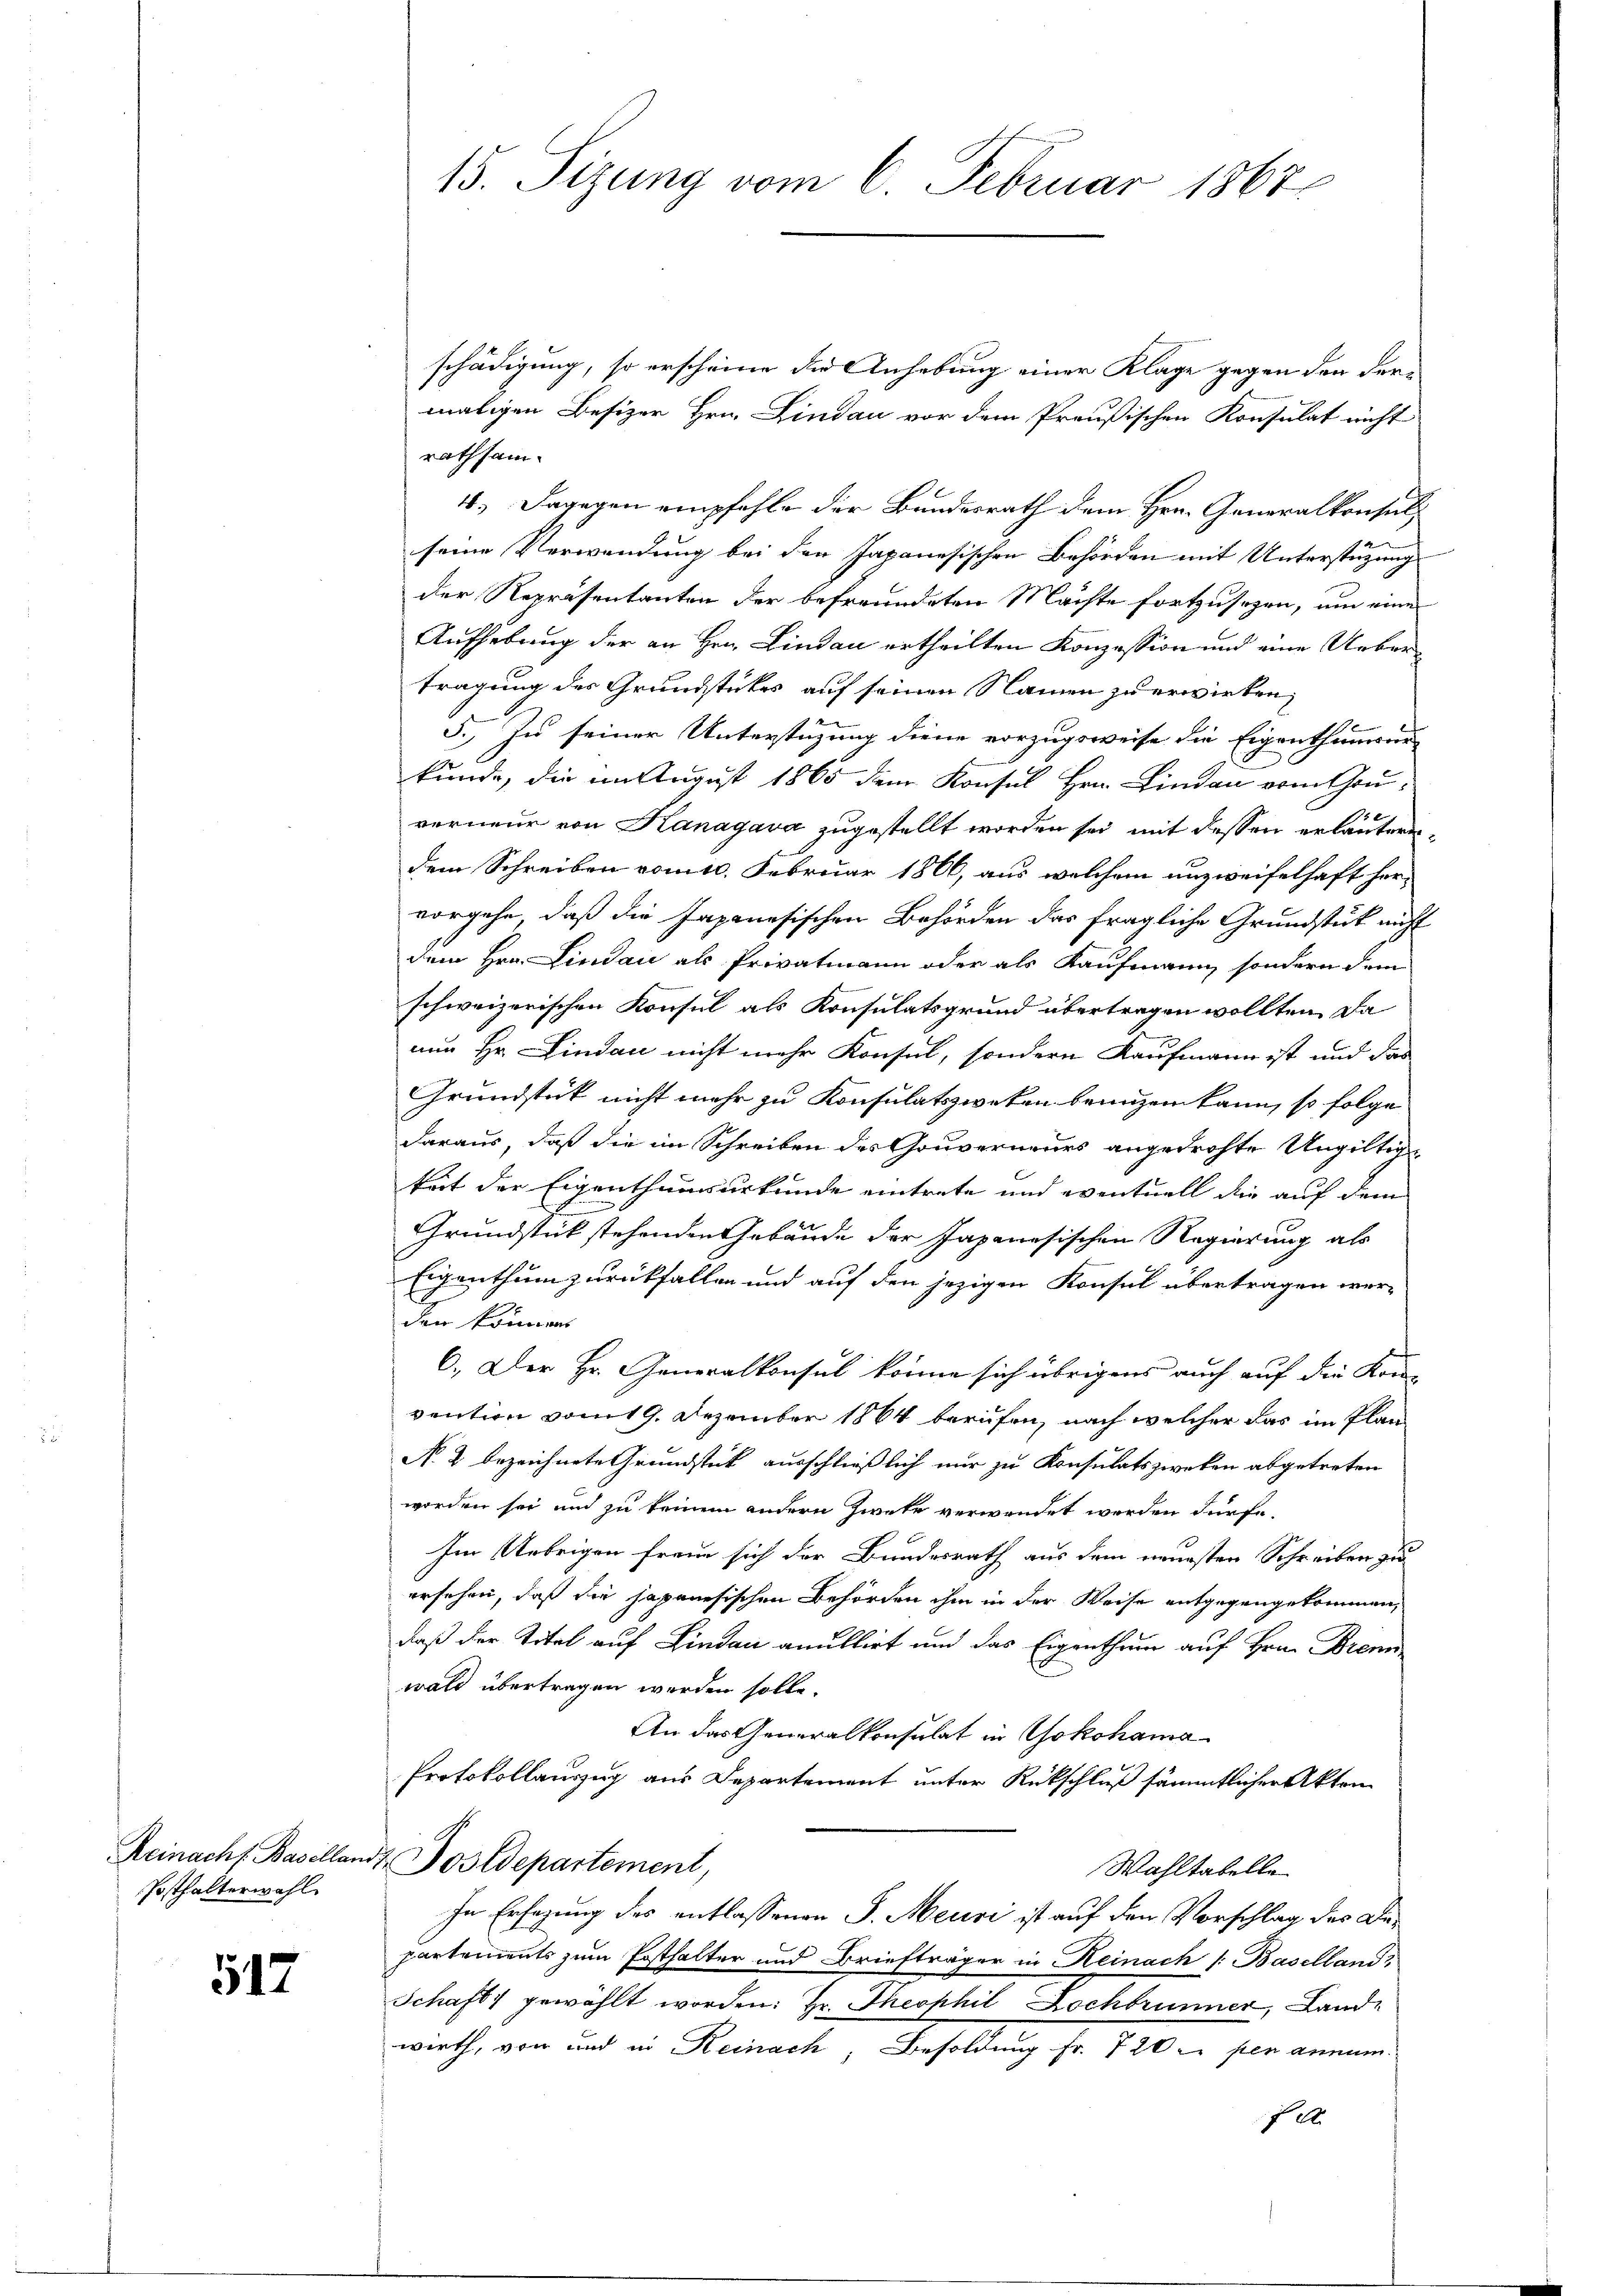
Reinach Basellan
Posthalterwahl

547

15. Sizung vom 6. Februar 1867

schädigung, so erscheine die Anhebung einer Klage gegen den der-
maligen Besizer Hrn. Lindau vor dem Preußischen Konsulat nicht
rathsam.
4.) Dagegen empfehle der Bundesrath dem Hrn. Generalkonsuls
seine Verwendung bei den Japanesischen Behörden mit Unterstützung
der Repräsentanten der befreundeten Machte fortzusehen, um einer
Aufhebung der an Hrn. Lindau ertheilten Konzession und eine Uebertragung des Grundstückes auf seinen Namen zu erwirken,
5.) Zu seiner Unterstüzung diene vorzugsweise die Eigenthümer
kunde, die im August 1865 dem Konsul Hrn. Lindau vom Gou-
verneur von Kanagava zugestellt worden sei, mit dessen erläuteren,
dem Schreiben vom 10. Februar 1866, aus welchem unzweifelhaft her-
vorgehe, daß die Japanesischen Behörden das fragliche Grundstück nicht
dem Hrn. Lindau als Privatmann oder als Kaufmann, sondern dem
schweizerischen Konsul als Konsulatsgrund übertragen wollten. Da
nun Hr. Lindau nicht mehr Konsul, sondern Kaufmann ist und das
Grundstück nicht mehr zu Konsulatszweken benuzen kann, so folge
daraus, daß die im Schreiben des Gouverneurs angedrohte Ungültig-
keit der Eigenthumsurkunde eintrete und eventuell die auf dem
Grundstück stehenden Gebäude der Japanesischen Regierung als
Eigenthum zurückfallen und auf den jezigen Konsul übertragen werden könnens
6.) Der Hr. Generalkonsul könne sich übrigens auch auf die Kon-
vention vom 19. Dezember 1864 berufen, nach welcher das im Plan
N. 2 bezeichnete Grundstück ausschließlich nur zu Konsulatszweken abgetreten
worden sei und zu keinem andern Zweke verwendet worden dürfe
Im Uebrigen freue sich der Bundesrath aus dem neuesten Schreiben zu
ersehen, daß die japanesischen Behörden ihm in der Weise entgegengekommen,
daß der Titel auf Lindau anullirt und das Eigenthum auf Hrn. Brenn
wald übertragen werden solle.
An das Generalkonsulat in Yokohama
Protokollauszug aus Departement unter Rückschluß sämmtlichen Akten
4. Postdepartement,
Wahltabelle
In Ersatzung des entlassenen J. Meuri ist auf den Vorschlag des Departements zum Posthalter und Briefträger in Reinach /: Baselland,
Schaft gewählt worden. Hr. Theophil Kochbrunner, Landwirth, von und in Reinach, Besoldung fr. 720 l. pen annum.
f A